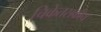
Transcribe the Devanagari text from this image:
चिकेतसकीय